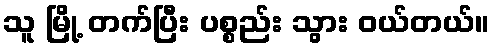
သူ မြို့ တက်ပြီး ပစ္စည်း သွား ဝယ်တယ်။